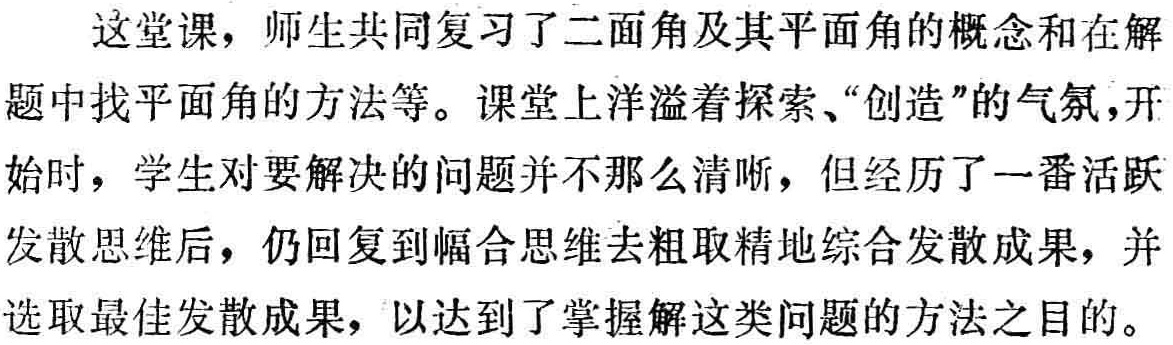
这堂课，师生共同复习了二面角及其平面角的概念和在解题中找平面角的方法等。课堂上洋溢着探索、“创造”的气氛，开始时，学生对要解决的问题并不那么清晰，但经历了一番活跃发散思维后，仍回复到幅合思维去粗取精地综合发散成果，并选取最佳发散成果，以达到了掌握解这类问题的方法之目的。